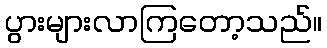
ပွားများလာကြတော့သည်။